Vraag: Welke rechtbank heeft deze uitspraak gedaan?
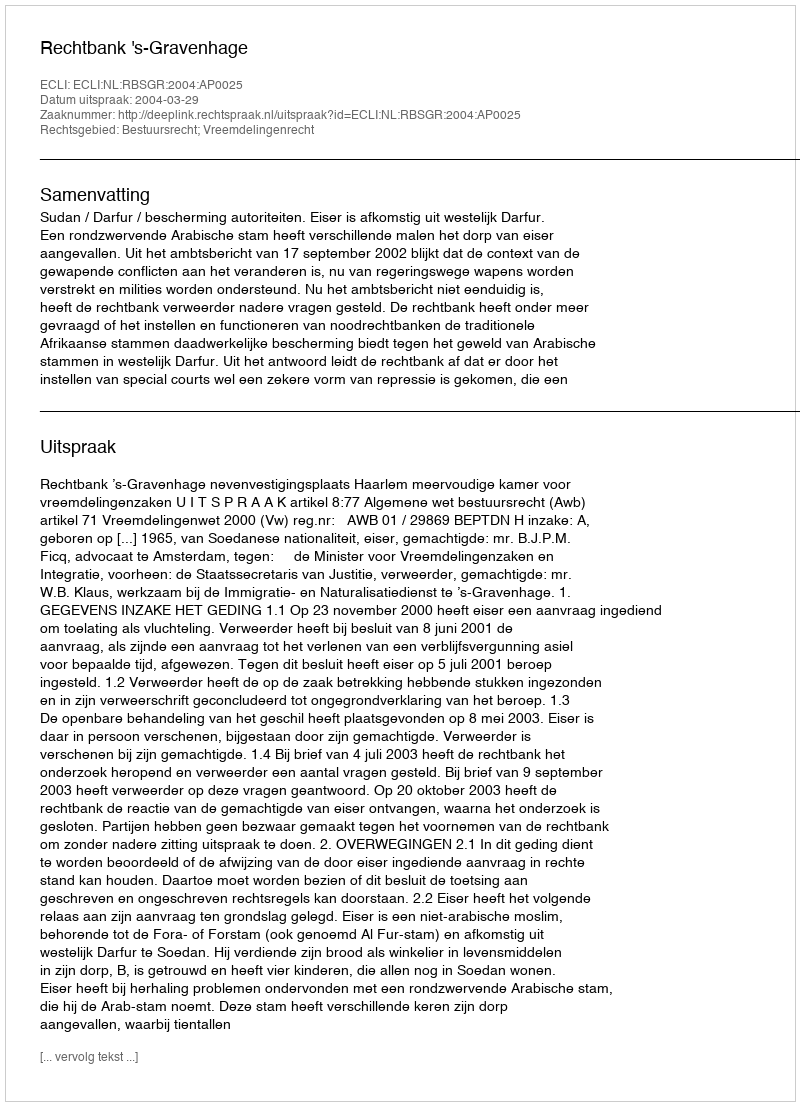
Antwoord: Rechtbank 's-Gravenhage